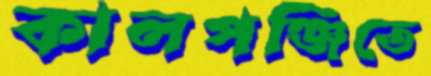
কালপঞ্জিতে